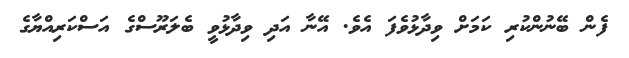
ފެން ބޭނުންކުރި ކަމަށް ވިދާޅުވެފަ އެވެ. އޭނާ އަދި ވިދާޅުވީ ބެލަރޫސްގެ އަސްކަރިއްޔާގެ